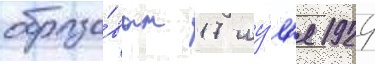
образо́ван 17 иу́л'я 1924